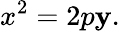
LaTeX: x^{2}=2p\mathbf{y}.